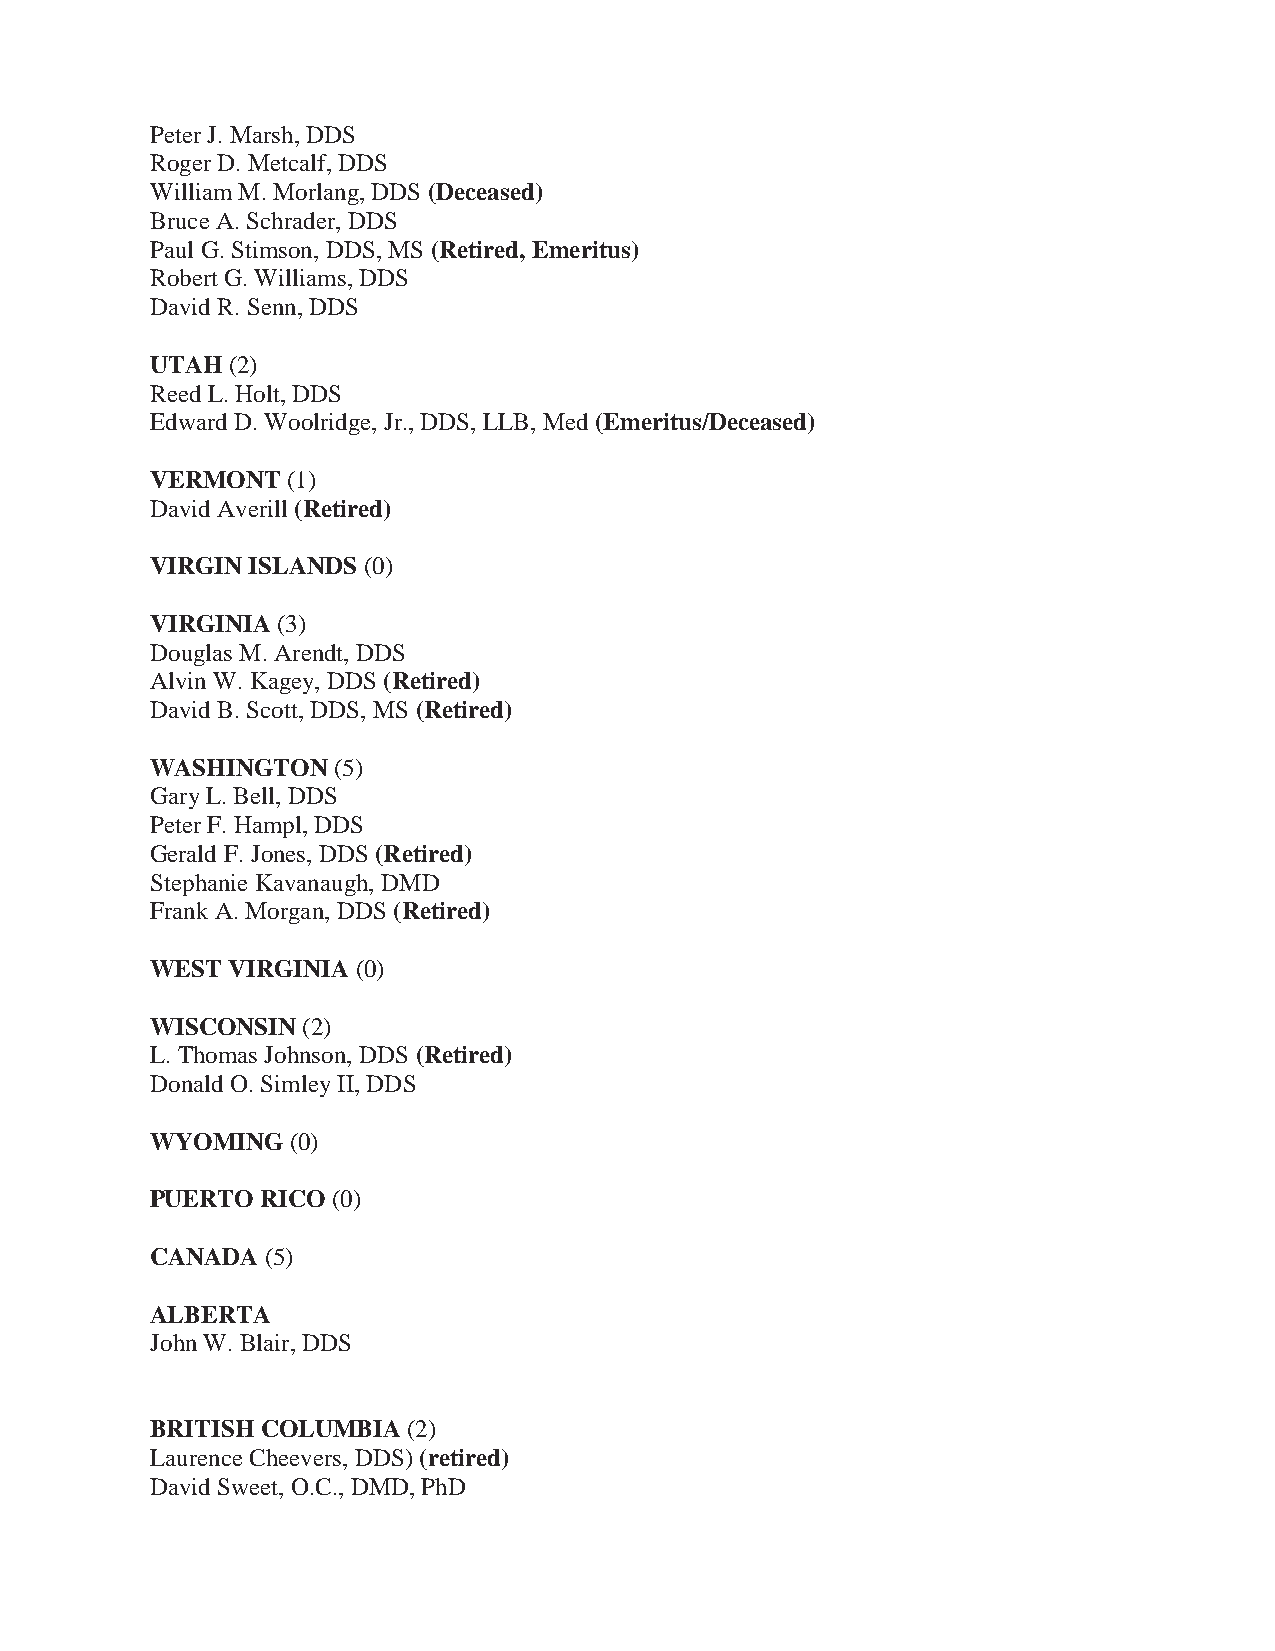
Peter J. Marsh, DDS
 Roger D. Metcalf, DDS
 William M. Morlang, DDS (Deceased)
 Bruce A. Schrader, DDS
 Paul G. Stimson, DDS, MS (Retired, Emeritus)
 Robert G. Williams, DDS
 David R. Senn, DDS
 UTAH (2)
 Reed L. Holt, DDS
 Edward D. Woolridge, Jr., DDS, LLB, Med (Emeritus/Deceased)
 VERMONT  (1)
 David Averill (Retired)
 VIRGIN ISLANDS (0)
 VIRGINIA (3)
 Douglas M. Arendt, DDS
 Alvin W. Kagey, DDS (Retired)
 David B. Scott, DDS, MS (Retired)
 WASHINGTON  (5)
 Gary L. Bell, DDS
 Peter F. Hampl, DDS
 Gerald F. Jones, DDS (Retired)
 Stephanie Kavanaugh, DMD
 Frank A. Morgan, DDS (Retired)
 WEST VIRGINIA (0)
 WISCONSIN (2)
 L. Thomas Johnson, DDS (Retired)
 Donald O. Simley II, DDS
 WYOMING  (0)
 PUERTO RICO (0)
 CANADA  (5)
 ALBERTA
 John W. Blair, DDS
 BRITISH COLUMBIA (2)
 Laurence Cheevers, DDS) (retired)
 David Sweet, O.C., DMD, PhD